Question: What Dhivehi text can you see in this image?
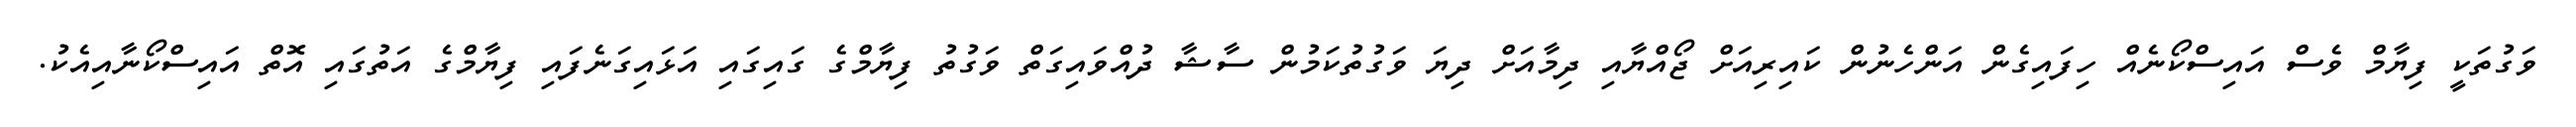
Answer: ވަގުތަކީ ފިޔާމް ވެސް އައިސްކޯނެއް ހިފައިގެން އަންހެނުން ކައިރިއަށް ޖޯއްޔާއި ދިމާއަށް ދިޔަ ވަގުތުކަމުން ސާޝާ ދުއްވައިގަތް ވަގުތު ފިޔާމްގެ ގައިގައި އަޅައިގަނެފައި ފިޔާމްގެ އަތުގައި އޮތް އައިސްކޯނާއިއެކު.